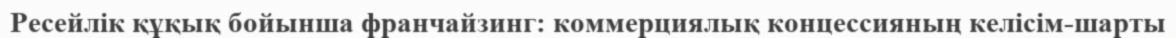
Ресейлік құқық бойынша франчайзинг: коммерциялық концессияның келісім-шарты